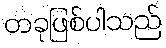
တခုဖြစ်ပါသည်